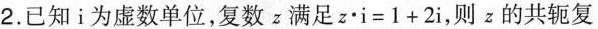
2.已知i为虚数单位，复数z满足$$z \cdot i = 1 + 2 i$$，则z的共轭复